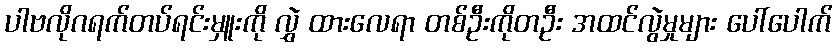
ပါဗလိုဂရက်တပ်ရင်းမှူးကို လွှဲ ထားလေရာ တစ်ဦးကိုတဦး အထင်လွဲမှုများ ပေါ်ပေါက်